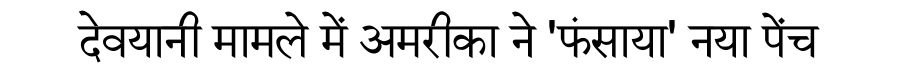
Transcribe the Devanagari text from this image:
देवयानी मामले में अमरीका ने 'फंसाया' नया पेंच